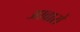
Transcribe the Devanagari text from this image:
आवारों